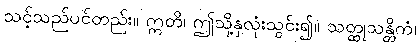
သင့်သည်ပင်တည်း။ ဣတိ၊ ဤသို့နှလုံးသွင်း၍။ သတ္ထုသန္တိကံ၊